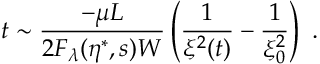
t \sim \frac { - \mu L } { 2 F _ { \lambda } ( \eta ^ { \ast } , s ) W } \left( \frac { 1 } { \xi ^ { 2 } ( t ) } - \frac { 1 } { \xi _ { 0 } ^ { 2 } } \right) \ .